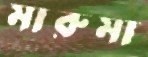
মারুমা